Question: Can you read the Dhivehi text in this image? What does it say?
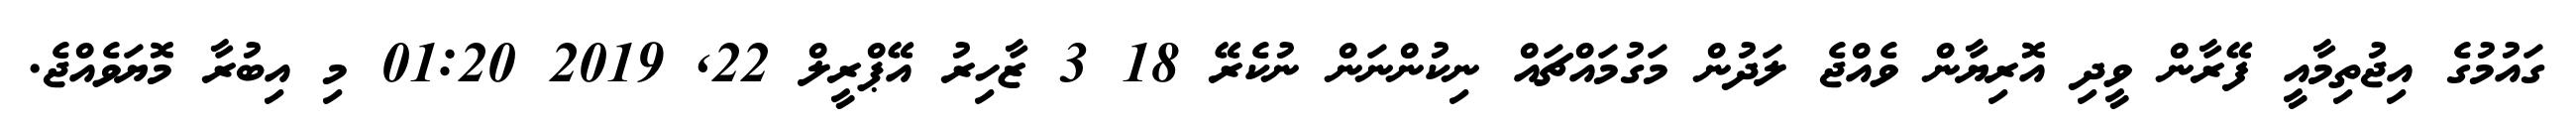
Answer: ގައުމުގެ އިޖުތިމާއީ ފޭރާން ވީދި އޮރިޔާން ވެއްޖެ ލަދުން މަގުމައްޗައް ނިކުންނަން ނުކެރޭ 18 3 ޒާހިރު އޭޕްރީލް 22, 2019 01:20 މި އިބުރާ މޮޔަވެއްޖެ.